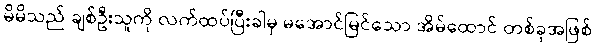
မိမိသည် ချစ်ဦးသူကို လက်ထပ်ပြီးခါမှ မအောင်မြင်သော အိမ်ထောင် တစ်ခုအဖြစ်